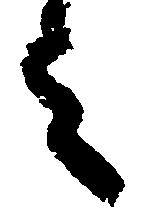
之